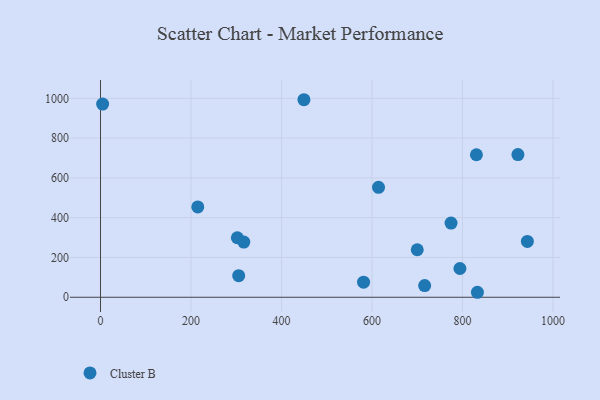
{"axis": {"x": "Study Hours", "y": "Fuel Efficiency"}, "legend": ["Cluster B"], "data": [{"x": "4.7", "y": 971.0, "type": "Cluster B"}, {"x": "774.7", "y": 372.8, "type": "Cluster B"}, {"x": "614.4", "y": 552.8, "type": "Cluster B"}, {"x": "581.4", "y": 75.6, "type": "Cluster B"}, {"x": "716.4", "y": 58.8, "type": "Cluster B"}, {"x": "215.0", "y": 454.2, "type": "Cluster B"}, {"x": "943.4", "y": 280.8, "type": "Cluster B"}, {"x": "302.4", "y": 299.2, "type": "Cluster B"}, {"x": "833.0", "y": 25.0, "type": "Cluster B"}, {"x": "794.3", "y": 144.5, "type": "Cluster B"}, {"x": "922.5", "y": 717.3, "type": "Cluster B"}, {"x": "305.4", "y": 108.6, "type": "Cluster B"}, {"x": "830.8", "y": 716.3, "type": "Cluster B"}, {"x": "700.0", "y": 238.7, "type": "Cluster B"}, {"x": "316.7", "y": 277.2, "type": "Cluster B"}, {"x": "449.6", "y": 993.0, "type": "Cluster B"}]}